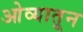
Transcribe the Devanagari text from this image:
ओव्यातून